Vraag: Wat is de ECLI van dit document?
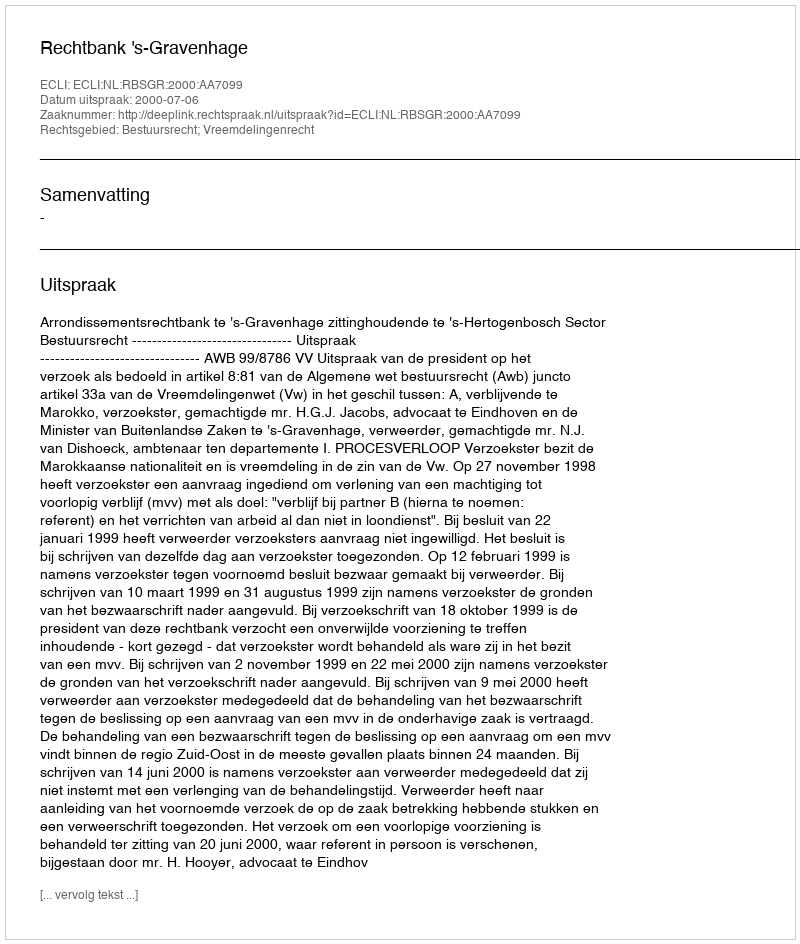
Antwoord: ECLI:NL:RBSGR:2000:AA7099